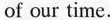
of our time.